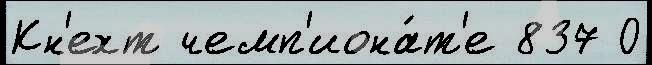
Кн'ехт чемп'иона́т'е 837 0